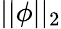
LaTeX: ||\phi||_{2}